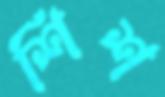
শিশ